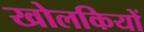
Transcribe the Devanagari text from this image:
खोलकियों